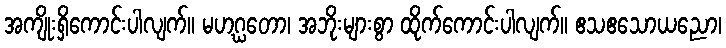
အကျိုးရှိကောင်းပါလျက်။ မဟဂ္ဃတော၊ အဘိုးများစွာ ထိုက်ကောင်းပါလျက်။ ဧသဧသောယညော၊